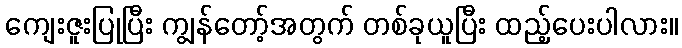
ကျေးဇူးပြုပြီး ကျွန်တော့်အတွက် တစ်ခုယူပြီး ထည့်ပေးပါလား။